Annual administration report of the Civil Veterinary Department of India - 1894-1895
Year: 1894
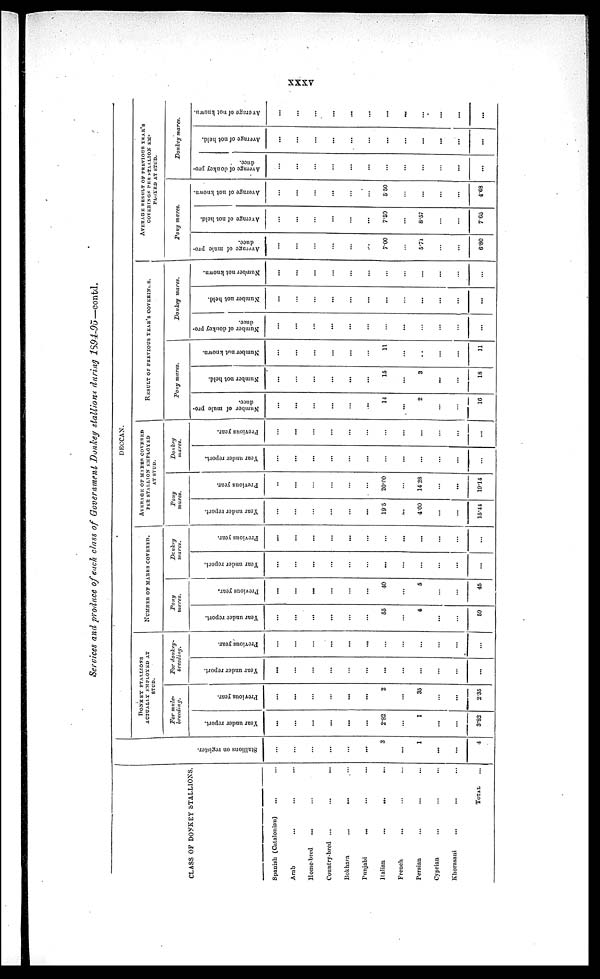
xxxv
Services and produce of each class of Government Donkey stallions during 1894-95—contd.
CLASS OF DONKEY STALLIONS.
Spanish (Catalonian)... ...
Arab ... ... ...
Home-bred
... ... ...
Country-bred ... ... ...
Bokhara
...
... ...
Punjabi
...
... ...
Italian
...
... ...
French
... ... ...
Persian ... ... ...
Cyprian ... ... ...
Khorasani
... ... ...
TOTAL ...
Stallions on register.
...
...
...
...
...
...
3
...
1
...
...
4
DECCAN.
DONKEY STALLIONS
ACTUALLY EMPLOYED AT
STUD.
For mule¬
breeding.
Year under report.
...
...
...
...
...
...
2.82
...
1
...
...
3.82
Previous year.
...
...
...
...
...
...
2
...
35
...
...
2.35
For donkey¬
breeding.
Year under report.
...
...
...
...
...
...
...
...
...
...
...
...
Previous year.
...
...
...
...
...
...
...
...
...
...
...
...
NUMBER OF MARES COVERED
Pony
mares.
Year under report.
...
...
...
...
...
...
55
...
4
...
...
59
Previous year.
...
...
...
...
...
...
40
...
5
...
...
45
Donkey
mares.
Year under report.
...
...
...
...
...
...
...
...
...
...
...
...
Previous year.
...
...
...
...
...
...
...
...
...
...
...
...
AVERAGE OF MARES COVERED
PER STALLION EMPLOYED
Pony
mares.
Year under report.
...
...
...
...
...
...
19.5
...
4.00
...
...
15.44
Previous year.
...
...
...
...
...
...
20.00
...
14.28
...
...
19.14
Donkey
ma res.
Year under report.
...
...
...
...
...
...
...
...
...
...
...
...
Previous year.
...
...
...
...
...
...
...
...
...
...
...
...
RESULT OF PREVIOUS YEAR'S COVERINGS.
Pony mares.
Number of mule pro-
duce.
...
...
...
...
...
...
14
...
2
...
...
16
Number not held.
...
...
...
...
...
...
15
...
3
...
...
18
Number not known.
...
...
...
...
...
...
11
...
...
...
...
11
Donkey mares.
Number of donkey pro-
duce.
...
...
...
...
...
...
...
...
...
...
...
...
Number not held.
...
...
...
...
...
...
...
...
...
...
...
...
Number not known.
...
...
...
...
...
...
...
...
...
...
...
...
AVERAGE RESULT OF PREVIOUS YEAR'S
COVERINGS PER STALLION EM¬
PLOYED AT STUD.
Pony mares.
Average of mule pro-
duce.
...
...
...
...
...
...
7.00
...
5.71
...
...
6.80
Average
of not held.
...
...
...
...
...
...
7.50
...
8.57
...
...
7.65
Average of not known.
...
...
...
...
...
...
5.50
...
...
...
...
4.68
Donkey mares.
Average of donkey pro-
duce.
...
...
...
...
...
...
...
...
...
...
...
...
Average of not held.
...
...
...
...
...
...
...
...
...
...
...
...
Average of not known.
...
...
...
...
...
...
...
...
...
...
...
...